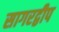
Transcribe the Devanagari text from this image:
सागरद्वीप